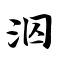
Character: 泅